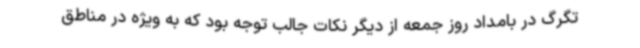
تگرگ در بامداد روز جمعه از دیگر نکات جالب توجه بود که به ویژه در مناطق